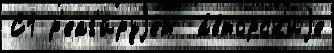
С1 р'еаг'и́руjет  а́вторск'иjе